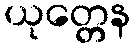
ယုတ္တေန